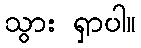
သွား ရှာပါ။